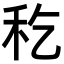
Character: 𥝖